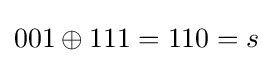
001\oplus 111=110=s